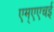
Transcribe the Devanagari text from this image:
एम्एएचई